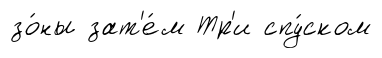
зо́ны зат'е́м Тр'и спу́ском